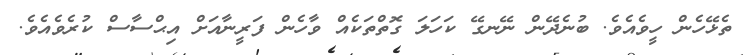
ތެޅޭހެން ހީވެއެވެ. ބުނެދޭން ނޭނގޭ ކަހަލަ ގޮތްތަކެއް ވާހެން ފަރީނާއަށް އިޙްސާސް ކުރެވެއެވެ.